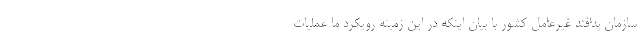
سازمان پدافند غیرعامل کشور با بیان اینکه در این زمینه رویکرد ما عملیات